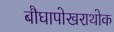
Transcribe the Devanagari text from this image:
बौघापोखराथोक